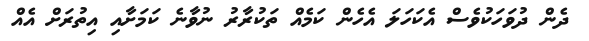
ދެން ދުވަހަކުވެސް އެކަހަލަ އެހެން ކަމެއް ތަކުރާރު ނުވާނެ ކަމަށާއި އިތުރަށް އެއް